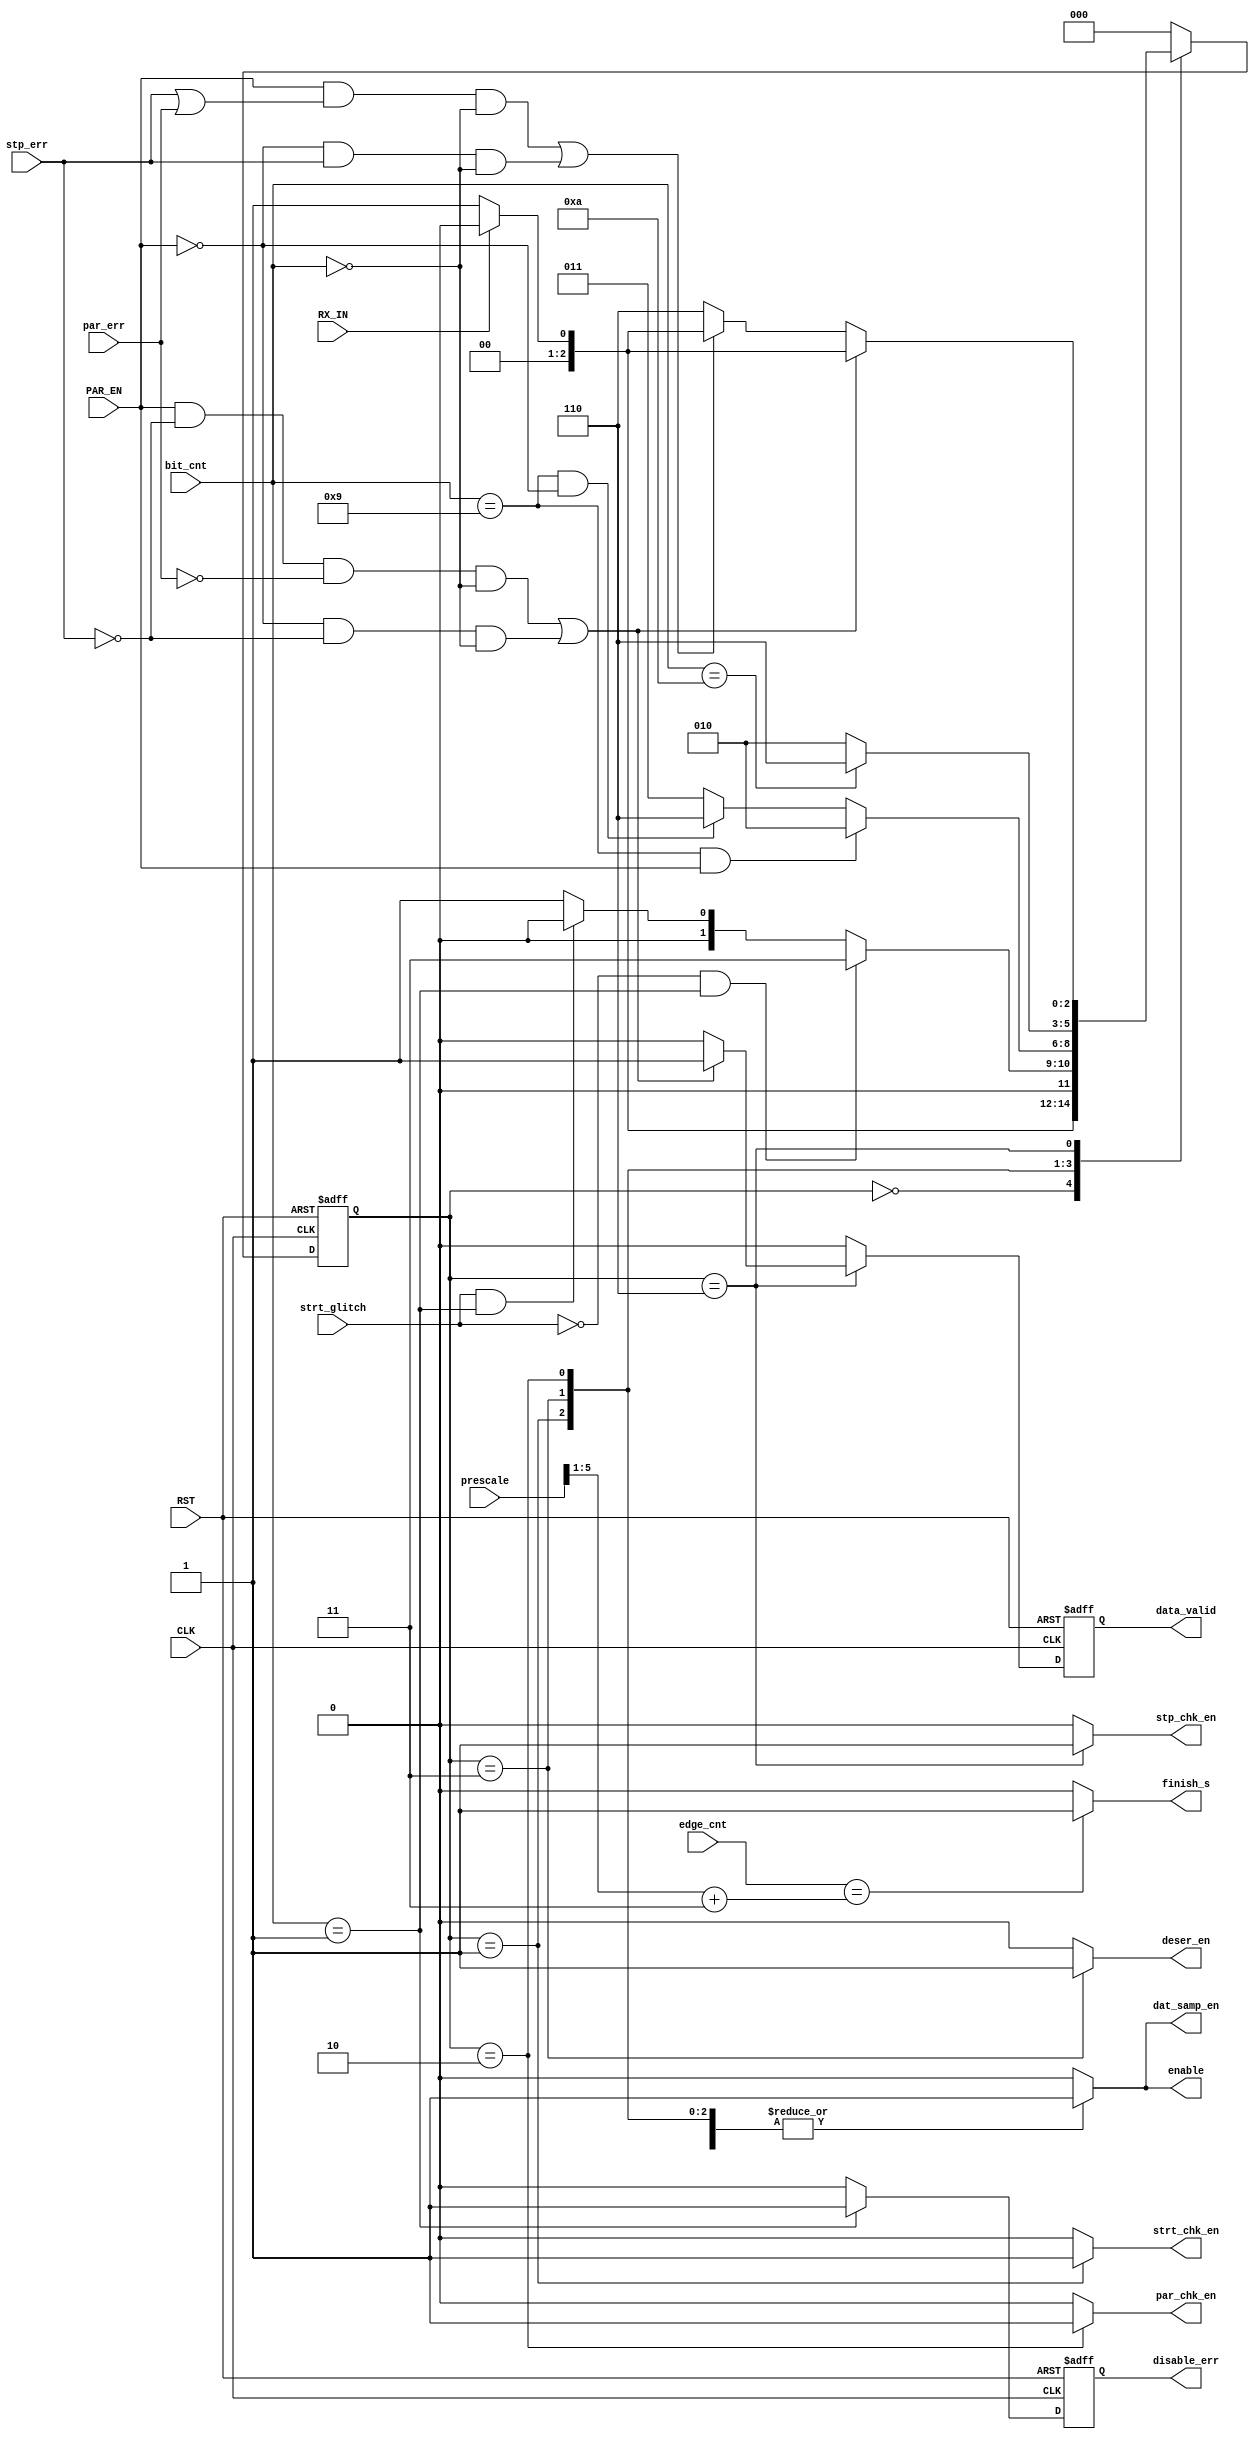
    module FSM_RX
  (
  input wire PAR_EN,
  input wire RX_IN,
  input wire CLK,
  input wire RST,
  input wire [5:0] edge_cnt,
  input wire [3:0] bit_cnt,
  input wire [5:0] prescale,
  input wire par_err,
  input wire strt_glitch,
  input wire stp_err,
  output reg par_chk_en,
  output reg strt_chk_en,
  output reg stp_chk_en,
  output reg deser_en,
  output reg enable,
  output reg dat_samp_en,
  output reg finish_s,
  output reg disable_err,
  output reg data_valid
  );
  
  localparam idle = 3'b000;
  localparam start = 3'b001;
  localparam data = 3'b011;
  localparam parity = 3'b010;
  localparam stop = 3'b110;
   
  reg [2:0] current_state;
  reg [2:0] next_state;
  reg data_valid_i;
  
  always@(posedge CLK or negedge RST)
  begin
    if(!RST)
      begin
        current_state <= idle;
        data_valid <= 1'b0;
      end
    else 
      begin
        current_state <= next_state;
        data_valid <= data_valid_i;
      end
  end
  
  always@(*)
  begin
    case(current_state)
      idle:
      begin
        strt_chk_en = 1'b0;
        par_chk_en = 1'b0;
        stp_chk_en = 1'b0;
        dat_samp_en = 1'b0;
        deser_en = 1'b0;
        enable = 1'b0;
        data_valid_i = 1'b0;
        if (!RX_IN) next_state = start;
        else next_state = idle;   
      end
      start:
      begin
        strt_chk_en = 1'b1;
        par_chk_en = 1'b0;
        stp_chk_en = 1'b0;
        dat_samp_en = 1'b1;
        deser_en = 1'b0;
        enable = 1'b1;
        data_valid_i = 1'b0;
        if(!strt_glitch && (bit_cnt==1))
        begin
          next_state = data ;
        end 
        else if (strt_glitch && (bit_cnt==1)) 
          begin
            next_state = idle;
          end
        else
        begin
          next_state = start;
        end 
      end
      data:
      begin
        strt_chk_en = 1'b0;
        par_chk_en = 1'b0;
        stp_chk_en = 1'b0;
        dat_samp_en = 1'b1;
        deser_en = 1'b1;
        enable = 1'b1;
        data_valid_i = 1'b0;
        if(bit_cnt == 9 && PAR_EN) next_state = parity;
        else if (bit_cnt == 9 && !PAR_EN) next_state = stop;
        else next_state = data;
      end
      parity:
      begin
        strt_chk_en = 1'b0;
        par_chk_en = 1'b1;
        stp_chk_en = 1'b0;
        dat_samp_en = 1'b1;
        deser_en = 1'b0;
        enable = 1'b1;
        data_valid_i = 1'b0;
        if(bit_cnt==10) next_state = stop;
        else next_state = parity;
      end
      stop:
      begin
        strt_chk_en = 1'b0;
        par_chk_en = 1'b0;
        stp_chk_en = 1'b1;
        dat_samp_en = 1'b1;
        deser_en = 1'b0;
        enable = 1'b1;
        if((PAR_EN && !stp_err && !par_err && (bit_cnt==0)) || (!PAR_EN && !stp_err && (bit_cnt==0)))
        begin
          data_valid_i = 1'b1;
          if(RX_IN) next_state = idle;
          else next_state = start;
        end 
        else if ((PAR_EN && (stp_err || par_err) && (bit_cnt==0)) || (!PAR_EN && stp_err && (bit_cnt==0)))
        begin
          data_valid_i = 1'b0;
          if(RX_IN) next_state = idle;
          else next_state = start;
        end
      else 
        begin
          data_valid_i = 1'b0;
          next_state = stop;
        end
      end
      
      
      default:
      begin
        next_state = idle;
        strt_chk_en = 1'b0;
        par_chk_en = 1'b0;
        stp_chk_en = 1'b0;
        dat_samp_en = 1'b0;
        deser_en = 1'b0;
        enable = 1'b0;
        data_valid_i = 1'b0;
      end
      
    endcase
  end
  
  always@(posedge CLK or negedge RST)
  begin
    if(!RST)
      begin
        disable_err <= 1'b0;
      end
    else if ((bit_cnt==1)) disable_err <= 1'b1;
    else 
      begin
        disable_err <= 1'b0;
      end
  end
  
  always@(*)
  begin
    if(edge_cnt == ((prescale >>1)+3)) finish_s = 1'b1;
    else finish_s = 1'b0;
  end
  
  
endmodule